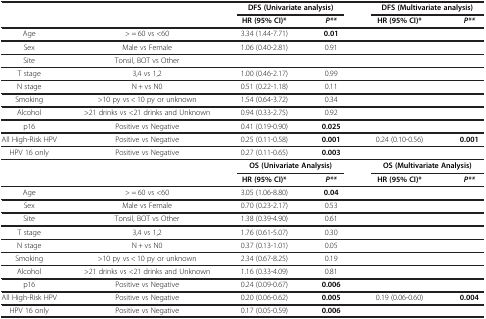
<table><thead><tr><td><b> </b></td><td><b> </b></td><td colspan="2"><b>DFS (Univariate analysis)</b></td><td colspan="2"><b>DFS (Multivariate analysis)</b></td></tr><tr><td><b> </b></td><td><b> </b></td><td><b>HR (95% CI)*</b></td><td><b><i>P**</i></b></td><td><b>HR (95% CI)*</b></td><td><b><i>P**</i></b></td></tr></thead><tbody><tr><td>Age</td><td>&gt; = 60 vs &lt;60</td><td>3.34 (1.44-7.71)</td><td><b>0.01</b></td><td> </td><td> </td></tr><tr><td>Sex</td><td>Male vs Female</td><td>1.06 (0.40-2.81)</td><td>0.91</td><td> </td><td> </td></tr><tr><td>Site</td><td>Tonsil, BOT vs Other</td><td> </td><td> </td><td> </td><td> </td></tr><tr><td>T stage</td><td>3,4 vs 1,2</td><td>1.00 (0.46-2.17)</td><td>0.99</td><td> </td><td> </td></tr><tr><td>N stage</td><td>N + vs N0</td><td>0.51 (0.22-1.18)</td><td>0.11</td><td> </td><td> </td></tr><tr><td>Smoking</td><td>&gt;10 py vs &lt; 10 py or unknown</td><td>1.54 (0.64-3.72)</td><td>0.34</td><td> </td><td> </td></tr><tr><td>Alcohol</td><td>&gt;21 drinks vs &lt;21 drinks and Unknown</td><td>0.94 (0.33-2.75)</td><td>0.92</td><td> </td><td> </td></tr><tr><td>p16</td><td>Positive vs Negative</td><td>0.41 (0.19-0.90)</td><td><b>0.025</b></td><td> </td><td> </td></tr><tr><td>All High-Risk HPV</td><td>Positive vs Negative</td><td>0.25 (0.11-0.58)</td><td><b>0.001</b></td><td>0.24 (0.10-0.56)</td><td><b>0.001</b></td></tr><tr><td>HPV 16 only</td><td>Positive vs Negative</td><td>0.27 (0.11-0.65)</td><td><b>0.003</b></td><td> </td><td> </td></tr><tr><td> </td><td> </td><td colspan="2"><b>OS (Univariate Analysis)</b></td><td colspan="2"><b>OS (Multivariate Analysis)</b></td></tr><tr><td> </td><td> </td><td><b>HR (95% CI)*</b></td><td><b><i>P**</i></b></td><td><b>HR (95% CI)*</b></td><td><b><i>P**</i></b></td></tr><tr><td>Age</td><td>&gt; = 60 vs &lt;60</td><td>3.05 (1.06-8.80)</td><td><b>0.04</b></td><td> </td><td> </td></tr><tr><td>Sex</td><td>Male vs Female</td><td>0.70 (0.23-2.17)</td><td>0.53</td><td> </td><td> </td></tr><tr><td>Site</td><td>Tonsil, BOT vs Other</td><td>1.38 (0.39-4.90)</td><td>0.61</td><td> </td><td> </td></tr><tr><td>T stage</td><td>3,4 vs 1,2</td><td>1.76 (0.61-5.07)</td><td>0.30</td><td> </td><td> </td></tr><tr><td>N stage</td><td>N + vs N0</td><td>0.37 (0.13-1.01)</td><td>0.05</td><td> </td><td> </td></tr><tr><td>Smoking</td><td>&gt;10 py vs &lt; 10 py or unknown</td><td>2.34 (0.67-8.25)</td><td>0.19</td><td> </td><td> </td></tr><tr><td>Alcohol</td><td>&gt;21 drinks vs &lt;21 drinks and Unknown</td><td>1.16 (0.33-4.09)</td><td>0.81</td><td> </td><td> </td></tr><tr><td>p16</td><td>Positive vs Negative</td><td>0.24 (0.09-0.67)</td><td><b>0.006</b></td><td> </td><td> </td></tr><tr><td>All High-Risk HPV</td><td>Positive vs Negative</td><td>0.20 (0.06-0.62)</td><td><b>0.005</b></td><td>0.19 (0.06-0.60)</td><td><b>0.004</b></td></tr><tr><td>HPV 16 only</td><td>Positive vs Negative</td><td>0.17 (0.05-0.59)</td><td><b>0.006</b></td><td> </td><td> </td></tr></tbody></table>